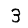
Digit: 3